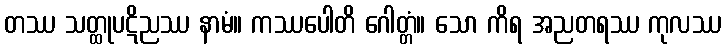
တဿ သတ္ထုပဋိညဿ နာမံ။ ကဿပေါတိ ဂေါတ္တံ။ သော ကိရ အညတရဿ ကုလဿ